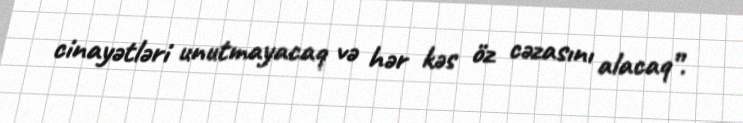
cinayətləri unutmayacaq və hər kəs öz cəzasını alacaq”.